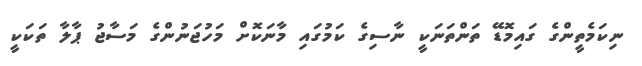
ނިކަމެތީންގެ ގައިމޮޑޭ ތަންތަނަކީ ނާސިގެ ކަމުގައި މާނަކޮށް މަހުޖަނުންގެ މަސާޖު ޕާލާ ތަކަކީ